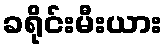
ခရိုင်းမီးယား